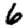
Digit: 6